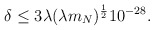
\begin{align*}\delta \leq 3\lambda (\lambda m_N)^{\frac{1}{2}} 10^{-28}.\end{align*}